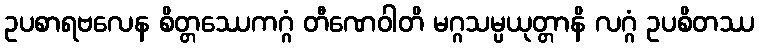
ဥပစာရဗလေန စိတ္တဿေကဂ္ဂံ တီဏေဝါတိ မဂ္ဂသမ္ပယုတ္တာနိ လဂ္ဂံ ဥပစိတဿ